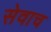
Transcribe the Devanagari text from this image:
सेवाच